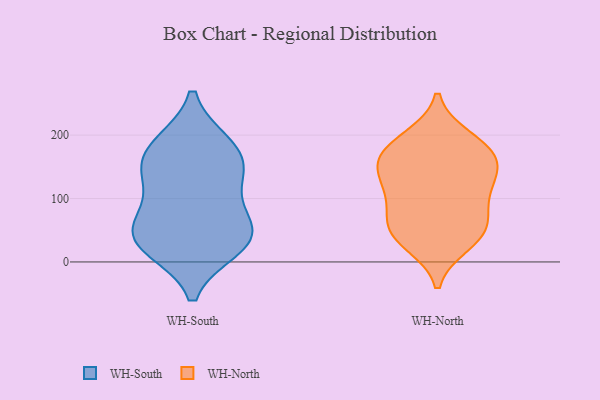
{"axis": {"x": "Energy Usage (MWh)", "y": "Value"}, "legend": ["WH-North", "WH-South"], "data": [{"x": "", "y": 35, "type": "WH-South"}, {"x": "", "y": 185, "type": "WH-South"}, {"x": "", "y": 155, "type": "WH-South"}, {"x": "", "y": 52, "type": "WH-South"}, {"x": "", "y": 146, "type": "WH-South"}, {"x": "", "y": 86, "type": "WH-South"}, {"x": "", "y": 131, "type": "WH-South"}, {"x": "", "y": 50, "type": "WH-South"}, {"x": "", "y": 23, "type": "WH-South"}, {"x": "", "y": 185, "type": "WH-South"}, {"x": "", "y": 29, "type": "WH-South"}, {"x": "", "y": 160, "type": "WH-North"}, {"x": "", "y": 167, "type": "WH-North"}, {"x": "", "y": 136, "type": "WH-North"}, {"x": "", "y": 146, "type": "WH-North"}, {"x": "", "y": 29, "type": "WH-North"}, {"x": "", "y": 109, "type": "WH-North"}, {"x": "", "y": 58, "type": "WH-North"}, {"x": "", "y": 195, "type": "WH-North"}, {"x": "", "y": 36, "type": "WH-North"}, {"x": "", "y": 170, "type": "WH-North"}, {"x": "", "y": 117, "type": "WH-North"}, {"x": "", "y": 188, "type": "WH-North"}, {"x": "", "y": 54, "type": "WH-North"}, {"x": "", "y": 93, "type": "WH-North"}, {"x": "", "y": 57, "type": "WH-North"}]}